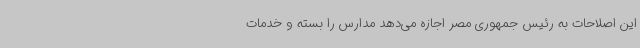
این اصلاحات به رئیس جمهوری مصر اجازه می‌دهد مدارس را بسته و خدمات